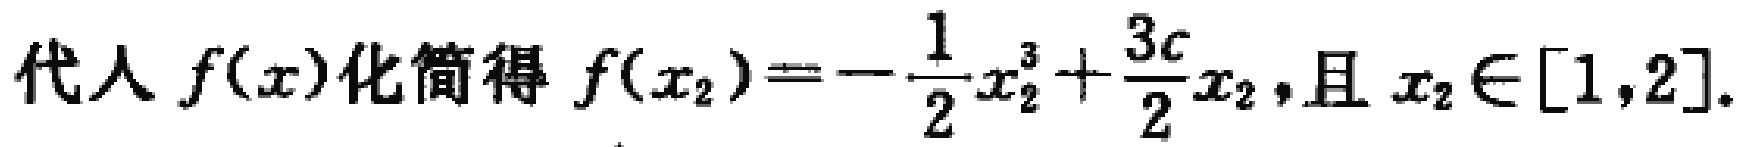
代入 \(f(x)\)化简得 \(f(x_{2}) = -\frac{1}{2}x_{2}^{3}+\frac{3c}{2}x_{2}\)，且 \(x_{2}\in[1,2]\)。